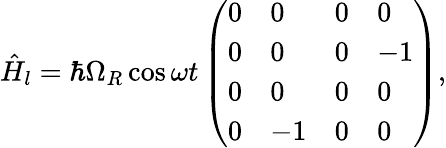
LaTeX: \hat{H}_{l}=\hbar\Omega_{R}\cos\omega t\left(\begin{array}{llll}{0}&{0}&{0}&{0}\\ {0}&{0}&{0}&{-1}\\ {0}&{0}&{0}&{0}\\ {0}&{-1}&{0}&{0}\end{array}\right),